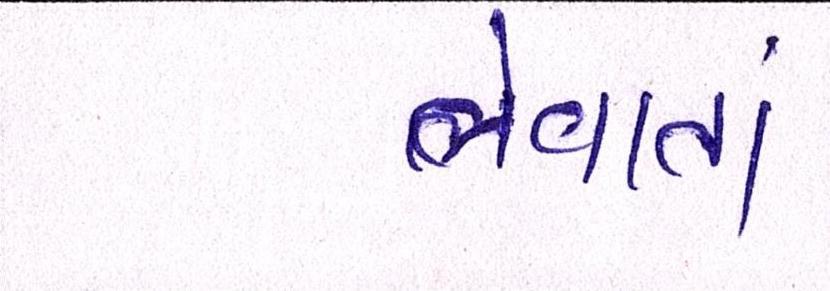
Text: લેવાતાં